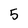
Character: 5